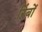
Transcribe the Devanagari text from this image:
रिंबों